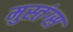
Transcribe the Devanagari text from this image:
मुस्तंग्स